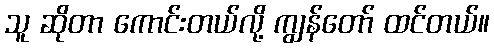
သူ ဆိုတာ ကောင်းတယ်လို့ ကျွန်တော် ထင်တယ်။